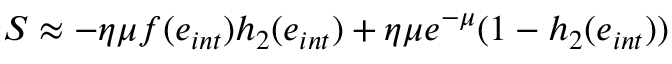
S \approx - \eta \mu f ( e _ { i n t } ) h _ { 2 } ( e _ { i n t } ) + \eta \mu e ^ { - \mu } ( 1 - h _ { 2 } ( e _ { i n t } ) )